Annual report on the working of the lock hospitals in the North-Western Provinces and Oudh
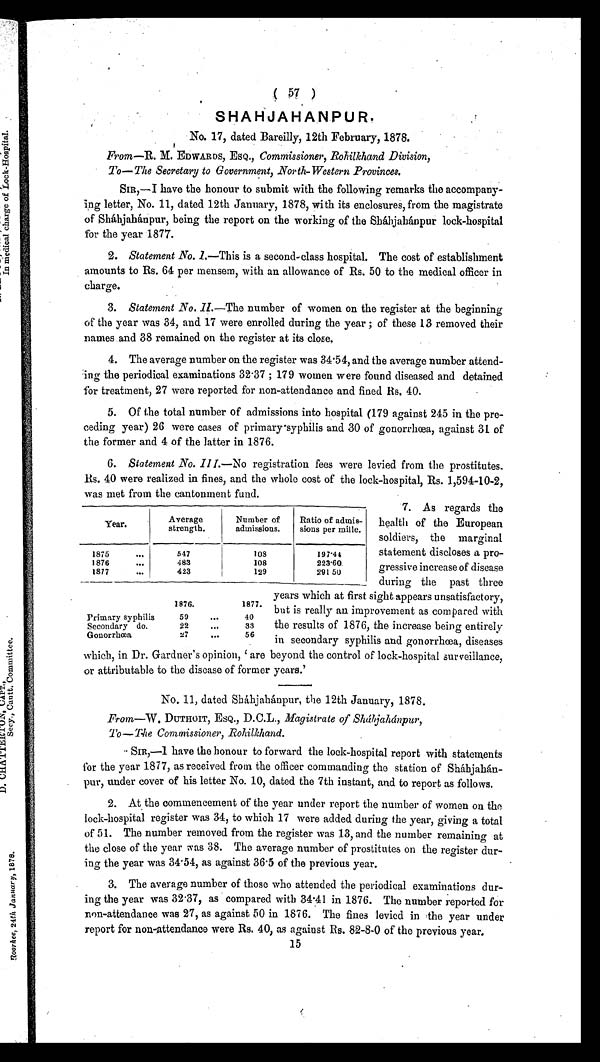
SHAHJAHANPUR.
No. 17, dated Bareilly, 12th February, 1878.
From—R. M. EDWARDS, ESQ., Commissioner, Rohilkhand Division,
To—The Secretary to Government, North-Western Provinces.
SIR,—I have the honour to submit with the following remarks the accompany-
ing letter, No. 11, dated 12th January, 1878, with its enclosures, from the magistrate
of Sháhjahánpur, being the report on the working of the Sháhjahánpur lock-hospital
for the year 1877.
2. Statement No. 1 .—This is a second-class hospital. The cost of establishment
amounts to Rs. 64 per mensem, with an allowance of Rs. 50 to the medical officer in
charge.
3. Statement .No. 11.—The number of women on the register at the beginning
of the year was 34, and 17 were enrolled during the year ; of these 13 removed their
names and 38 remained on the register at its close.
4. The average number on the register was 34.54, and the average number attend-
ing the periodical examinations 32.37; 179 women were found diseased and detained
for treatment, 27 were reported for non-attendance and fined Rs. 40.
5. Of the total number of admissions into hospital (179 against 245 in the pre-
ceding year) 26 were cases of primary syphilis and 30 of gonorrhœa, against 31 of
the former and 4 of the latter in 1876.
6. Statement No. 111.—No registration fees were levied from the prostitutes.
Rs. 40 were realized in fines, and the whole cost of the lock-hospital, Rs. 1,594-10-2,
was met from the cantonment fund.
7. As regards the
health of the European
soldiers, the marginal
statement discloses a pro-
gressive increase of disease
during the past three
years which at first sight appears unsatisfactory,
but is really an improvement as compared with
the results of 1876, the increase being entirely
in secondary syphilis and gonorrhœa, diseases
which, in Dr. Gardner's opinion, 'are beyond the control of lock-hospital surveillance,
or attributable to the disease of former years.'
No. 11, dated Shájahánpur, the 12th January, 1878.
From—W DUTHOIT, ESQ., D.C.L., Magistrate of Sháhjahánpur,
To—The Commissioner, Rohilkhand.
SIR,—I have the honour to forward the lock-hospital report with statements
for the year 1877, as received from the officer commanding the station of Sháhjahán-
pur, under cover of his letter No. 10, dated the 7th instant, and to report as follows.
2. At the commencement of the year under report the number of women on the
lock-hospital register was 34, to which 17 were added during the year, giving a total
of 51. The number removed from the register was 13, and the number remaining at
the close of the year was 38. The average number of prostitutes on the register dur-
ing the year was 34.54, as against 36.5 of the previous year.
3. The average number of those who attended the periodical examinations dur-
ing the year was 32.37, as compared with 34.41 in 1876. The number reported for
non-attendance was 27, as against 50 in 1876. The fines levied in the year under
report for non-attendance were Rs. 40, as against Rs. 82-8-0 of the previous year.
15
Ye a r .
Average
strength.
Number of
admissions.
Ratio of admis-
sions per mille.
1875
. . .
547
108
197.44
1876
. . .
483
108
223.60.
1877
. . .
423
129
291.50
1876.
1877.
Primary syphilis
5 9
...
40
Secondary do.
22 . . .
33
Gonorrhœa
27
. . .
56